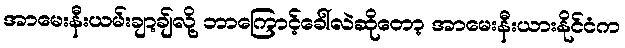
အာမေးနီးယမ်းချာ့ချ်လို့ ဘာကြောင့်ခေါ်လဲဆိုတော့ အာမေးနီးယားနိုင်ငံက